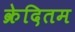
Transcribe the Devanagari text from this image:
क्रेदितम